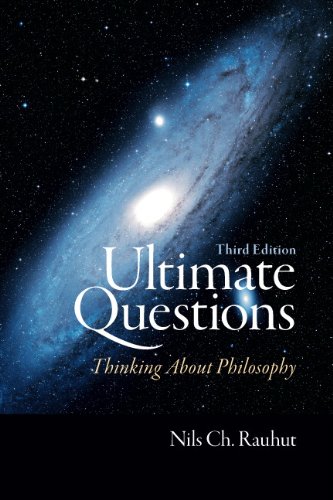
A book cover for Ultimate Questions: Thinking about Philosophy (3rd Edition); Nils Ch. Rauhut; Politics & Social Sciences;